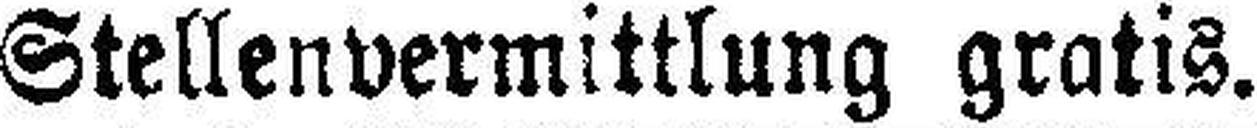
Stellenvermittlung gratis.